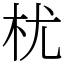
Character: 𣏞